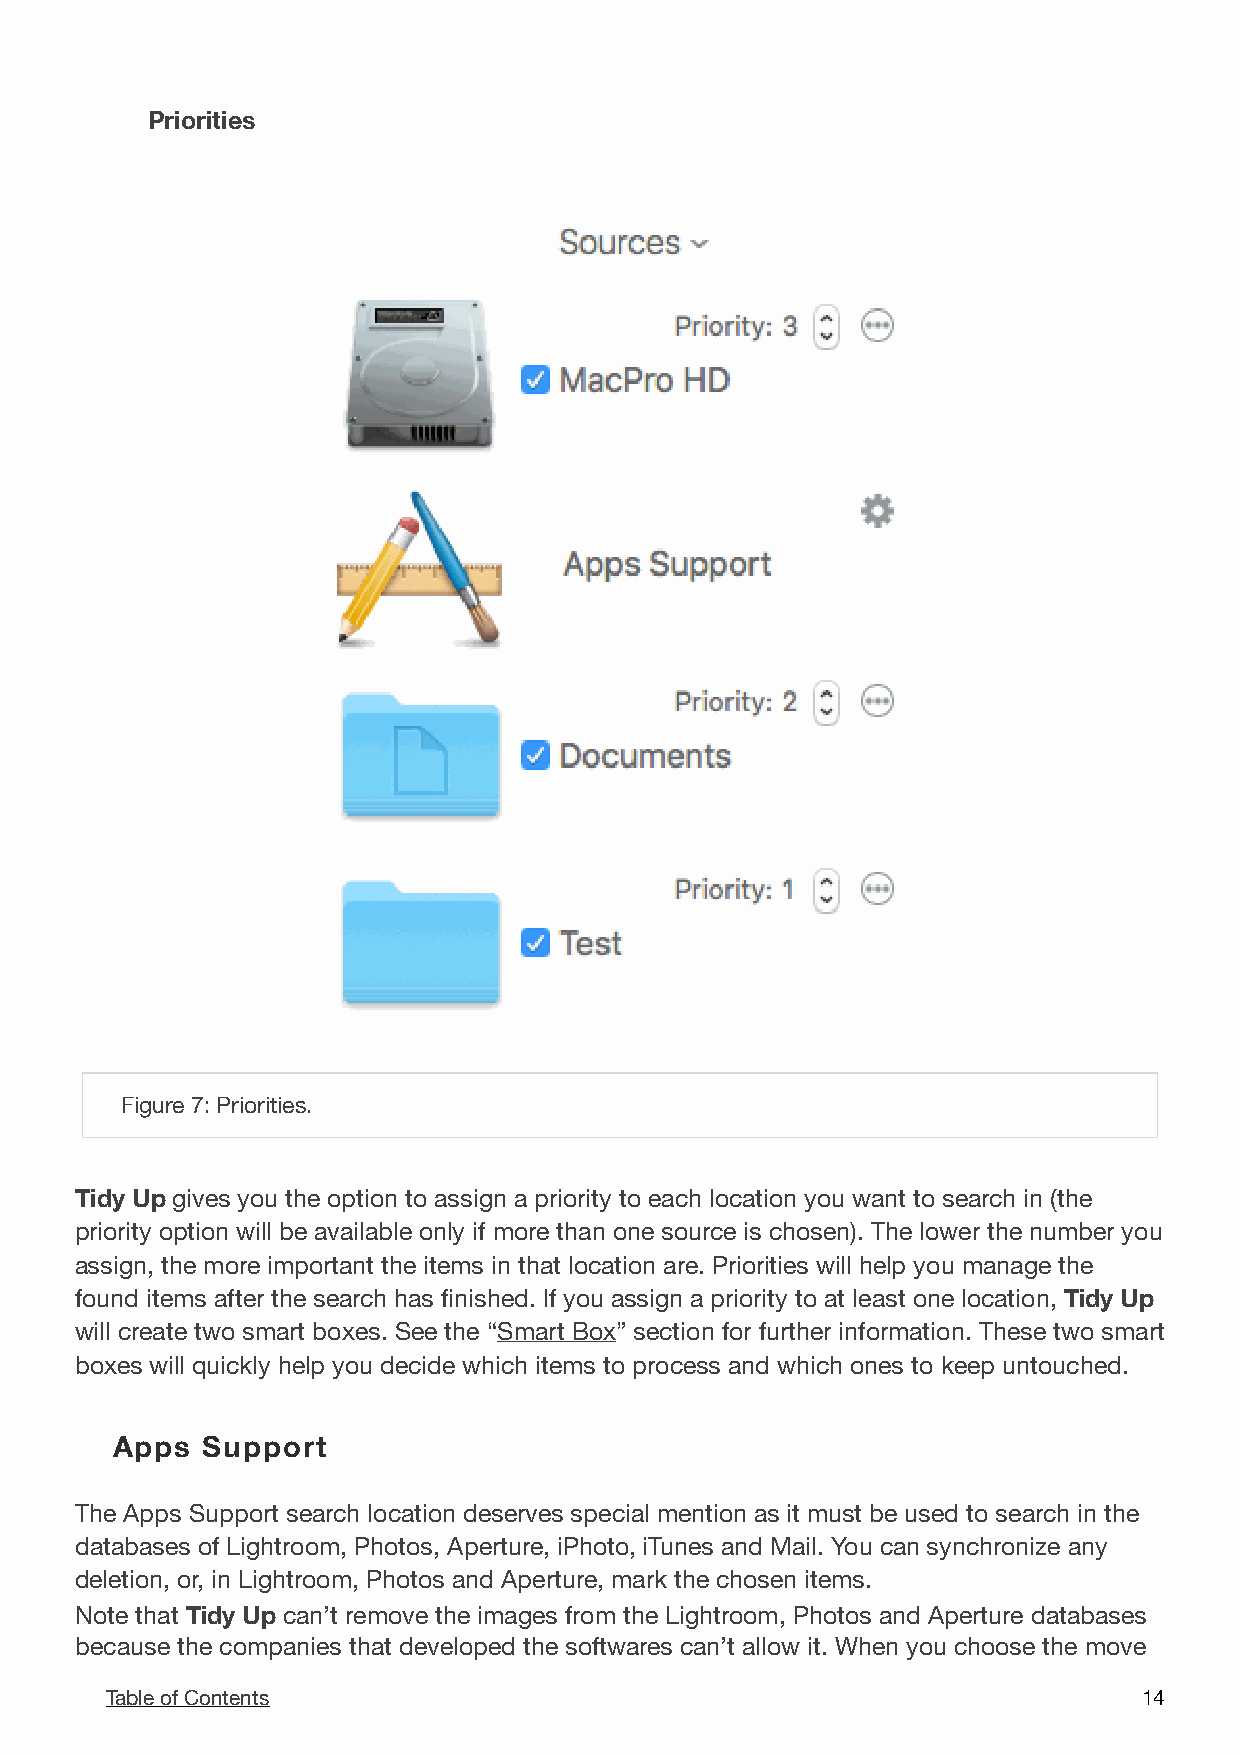
Priorities
 !
 Figure 7: Priorities.
 Tidy Up gives you the option to assign a priority to each location you want to search in (the
 priority option will be available only if more than one source is chosen). The lower the number you
 assign, the more important the items in that location are. Priorities will help you manage the
 found items after the search has finished. If you assign a priority to at least one location, Tidy Up
 will create two smart boxes. See the “Smart Box” section for further information. These two smart
 boxes will quickly help you decide which items to process and which ones to keep untouched.
 Apps  Support
 The Apps Support search location deserves special mention as it must be used to search in the
 databases of Lightroom, Photos, Aperture, iPhoto, iTunes and Mail. You can synchronize any
 deletion, or, in Lightroom, Photos and Aperture, mark the chosen items.
 Note that Tidy Up can’t remove the images from the Lightroom, Photos and Aperture databases
 because the companies that developed the softwares can’t allow it. When you choose the move
 Table of Contents                                                    1 4